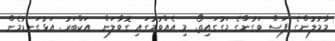
މާމުލުންގެ ފަސް ވަގުންގެ މަގުގައިތޯ. މި އެއްވުމުގައި ގޮވާލަން  އަކްބަރު. އަޅުގަނޑުމެން